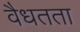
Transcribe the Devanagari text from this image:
वैधतता